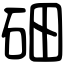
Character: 鿬